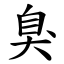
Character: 臭